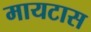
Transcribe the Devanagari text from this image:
मायटास